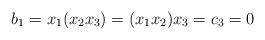
LaTeX: \begin{align*} b_1 = x_1(x_2x_3) = (x_1x_2)x_3 = c_3 = 0 \end{align*}